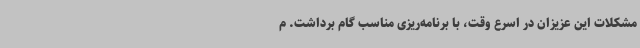
مشکلات این عزیزان در اسرع وقت، با برنامه‌ریزی مناسب گام برداشت. م